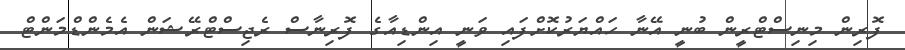
ފޮރިން މިނިސްޓްރީން ބުނީ އޭނާ ހައްޔަރުކޮށްފައި ވަނީ އިންޑިއާގެ ފޮރިިނާސް ރެޖިސްޓްރޭޝަން އެމެންޑްމަންްޓް